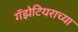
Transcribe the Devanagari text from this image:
गॅझेटियराच्या